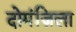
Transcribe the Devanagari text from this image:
दोमंज़िला